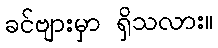
ခင်ဗျားမှာ ရှိသလား။